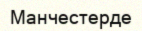
Манчестерде